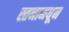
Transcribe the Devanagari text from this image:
स्तनामधून